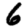
Digit: 6